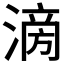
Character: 𣹿